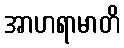
အာဟရာမာတိ